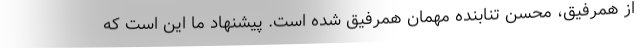
از همرفیق، محسن تنابنده مهمان همرفیق شده است. پیشنهاد ما این است که